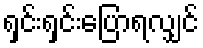
ရှင်းရှင်းပြောရလျှင်